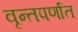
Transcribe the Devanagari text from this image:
वृन्तपर्णात